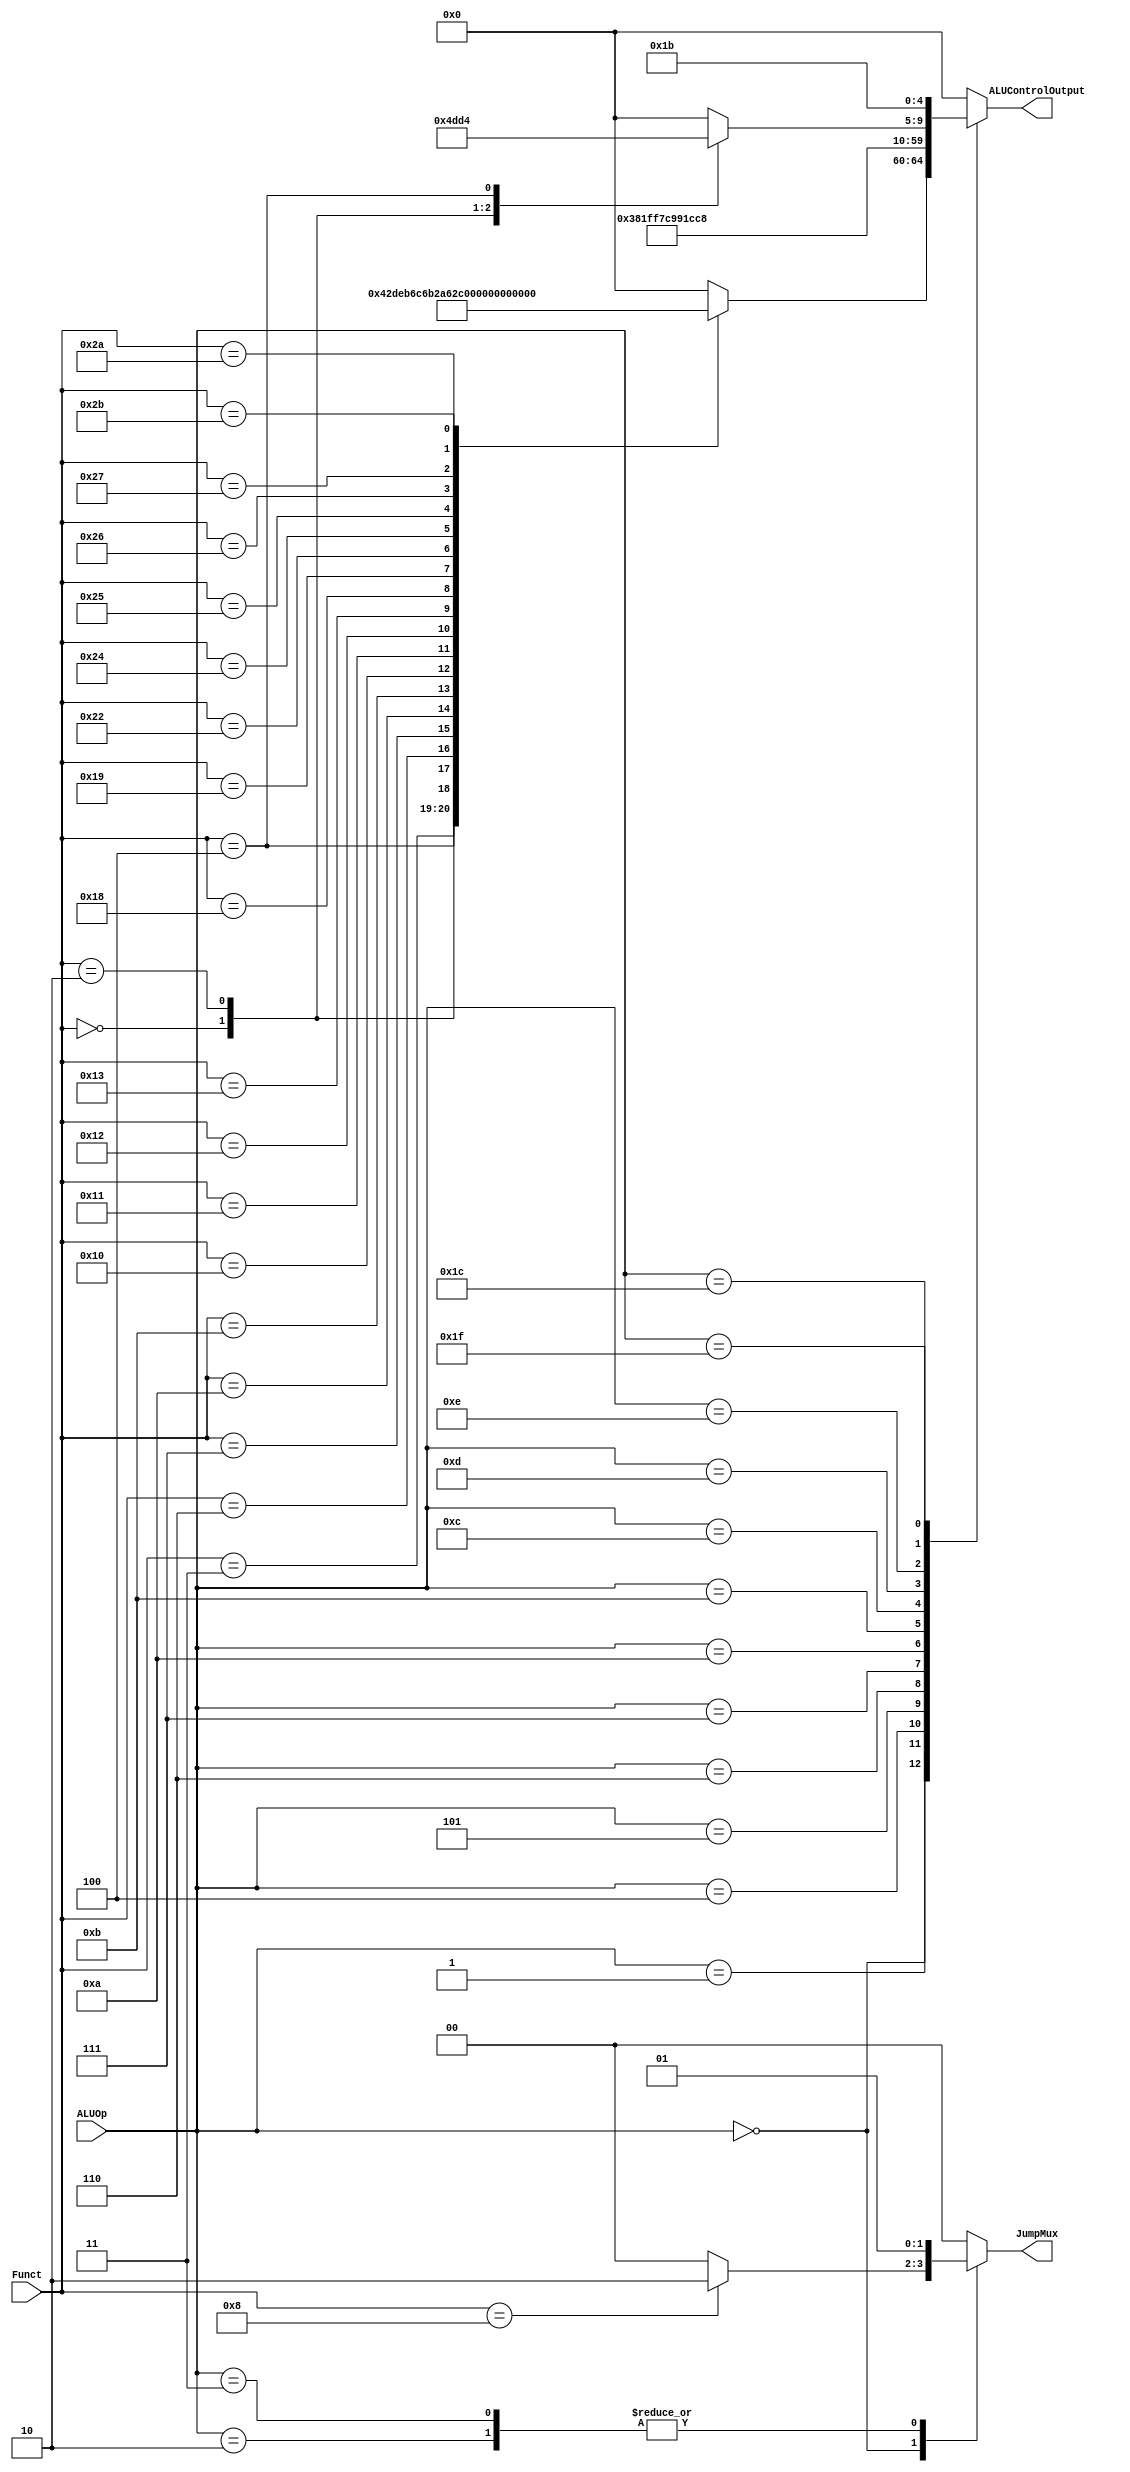
`timescale 1ns/1ns

module ALUControl(	ALUOp,
					Funct,
					ALUControlOutput,
					JumpMux);
	input [5:0] ALUOp;			//comes from Datapath Control module/unit
	input [5:0] Funct;			//comes from the last 5 bits of Intruction field
	output reg [4:0] ALUControlOutput;	//goes to ALU module
	output reg [1:0] JumpMux;	//select signal for jump mux
	
	always@(*) begin
	   ALUControlOutput <= 0;
	   JumpMux <= 0;
		case (ALUOp)
			
			6'b000_000: begin
							case(Funct)
									
									//sll
									6'b000_000: begin
													ALUControlOutput <= 5'b00100;
													JumpMux <= 2'b00;
												end
									
									//srl, rotr
									6'b000_010: begin
													ALUControlOutput <= 5'b00101;
													JumpMux <= 2'b00;
												end
									
									//sra
									6'b000_011: begin
													ALUControlOutput <= 5'b10111;
													JumpMux <= 2'b00;
												end
									
									//sllv
									6'b000_100: begin
													ALUControlOutput <= 5'b10101;
													JumpMux <= 2'b00;
												end
									
									//srlv, rotrv
									6'b000_110: begin
													ALUControlOutput <= 5'b10110;
													JumpMux <= 2'b00;
												end
									
									//srav
									6'b000_111: begin
													ALUControlOutput <= 5'b11000;
													JumpMux <= 2'b00;
												end
																		//jr
									6'b001_000: JumpMux <= 2'b10;
									
									//Confirm movz and movn Functionality
									//movz
									6'b001_010: begin
													ALUControlOutput <=  5'b11010;
													JumpMux <= 2'b00;
												end
									
									//movn
									6'b001_011: begin
													ALUControlOutput <= 5'b11001;
													JumpMux <= 2'b00;
												end
									
									//mfhi
									6'b010_000: begin
													ALUControlOutput <= 5'b01010;
													JumpMux <= 2'b00;
												end
												
									//mthi
									6'b010_001: begin
													ALUControlOutput <= 5'b01100;
													JumpMux <= 2'b00;
												end
									
									//mflo
									6'b010_010: begin
													ALUControlOutput <= 5'b01011;
													JumpMux <= 2'b00;
												end
									
									//mtlo
									6'b010_011: begin
													ALUControlOutput <= 5'b01101;
													JumpMux <= 2'b00;
												end
									
									//mult
									6'b011_000: begin
													ALUControlOutput <= 5'b00011;
													JumpMux <= 2'b00;
												end
											
									//multu
									6'b011_001: begin
													ALUControlOutput <= 5'b10001;
													JumpMux <= 2'b00;
												end
											
									//add
									6'b100_000: begin
													ALUControlOutput <= 5'b00000;
													JumpMux <= 2'b00;
												end
									
									//addu
									6'b100_001: begin
													ALUControlOutput <= 5'b00000;
													JumpMux <= 2'b00;
												end
									
									//sub
									6'b100_010: begin
													ALUControlOutput <= 5'b00001;
													JumpMux <= 2'b00;
												end
									
									//AND									
									6'b100_100: begin
													ALUControlOutput <= 5'b00111;
													JumpMux <= 2'b00;
												end
									
									//OR
									6'b100_101: begin
													ALUControlOutput <= 5'b00110;
													JumpMux <= 2'b00;
												end
									
									//XOR
									6'b100_110: begin
													ALUControlOutput <= 5'b01000;
													JumpMux <= 2'b00;
												end
									
									//NOR
									6'b100_111: begin
													ALUControlOutput <= 5'b01111;
													JumpMux <= 2'b00;
												end
									
									//slt
									6'b101_010: begin
													ALUControlOutput <= 5'b01001;
													JumpMux <= 2'b00;
												end
									
									//sltu
									6'b101_011: begin
													ALUControlOutput <= 5'b10010;									
													JumpMux <= 2'b00;
												end
									default : begin
									end
						    endcase
						end			
			
			//bgez, bltz
			6'b000_001: begin
							ALUControlOutput <= 5'b11100;
							JumpMux <= 2'b00;
						end
			
			//j
			6'b000_010: JumpMux <= 2'b01;
			
			//jal
			6'b000_011: JumpMux <= 2'b01;
			
			//beq
			6'b000_100: begin
							ALUControlOutput <= 5'b00001;
							JumpMux <= 2'b00;
						end
						
			//bne
			6'b000_101: begin
							ALUControlOutput <= 5'b11111;
							JumpMux <= 2'b00;
						end
			
			//blez
			6'b000_110: begin
							ALUControlOutput <= 5'b11101;
							JumpMux <= 2'b00;
						end
			
			//bgtz
			6'b000_111: begin
							ALUControlOutput <= 5'b11110;
							JumpMux <= 2'b00;
						end
			
			//addi
			6'b001_000: begin
							ALUControlOutput <= 5'b00000;
							JumpMux <= 2'b00;
						end
			
			//addiu
			6'b001_001:	begin
							ALUControlOutput <= 5'b00000;
							JumpMux <= 2'b00;
						end
			
			//slti
			6'b001_010: begin
							ALUControlOutput <= 5'b01001;
							JumpMux <= 2'b00;
						end
			
			//sltiu
			6'b001_011: begin
							ALUControlOutput <= 5'b10010;
							JumpMux <= 2'b00;
						end
			
			//andi
			6'b001_100: begin
							ALUControlOutput <= 5'b00111;
							JumpMux <= 2'b00;
						end
						
			//ORi
			6'b001_101: begin
							ALUControlOutput <= 5'b00110;
							JumpMux <= 2'b00;
						end
			
			//xori
			6'b001_110: begin
							ALUControlOutput <= 5'b01000;
							JumpMux <= 2'b00;
						end
			
			//lui
			
			//madd, mul, msub
			6'b011_100: begin
							case(Funct)
								
								//madd
								6'b000_000: begin
												ALUControlOutput <= 5'b10011;
												JumpMux <= 2'b00;
											end
								
								//mul
								6'b000_010: begin
												ALUControlOutput <= 5'b01110;
												JumpMux <= 2'b00;
											end
								
								//msub
								6'b000_100: begin
												ALUControlOutput <= 5'b10100;
												JumpMux <= 2'b00;
											end
								default : begin
								end			
							endcase
						end

			//seh, seb
			6'b011_111: begin
							ALUControlOutput <= 5'b11011;
							JumpMux <= 00;
						end
			
			//lb
			
			//lh
			
			//lw
			6'b100_011: begin
							ALUControlOutput <= 5'b00000;
							JumpMux <= 00;
						end
			
			//sb
			
			//sh
			
			//sw
			6'b101_011: begin
							ALUControlOutput <= 5'b00000;
							JumpMux <= 00;
						end

			
            default : begin
            end
		endcase	
	end	
endmodule